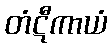
တံဋီကာယံ